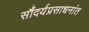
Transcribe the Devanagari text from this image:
सौंदर्यप्रसाधनांत